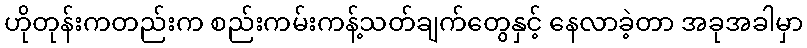
ဟိုတုန်းကတည်းက စည်းကမ်းကန့်သတ်ချက်တွေနှင့် နေလာခဲ့တာ အခုအခါမှာ